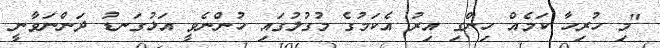
"މި ހުރިހާ ކަމެއް ހިންގި އިރު އެކަމުގެ މުގުލުގައި ހުންނެވީ އަޅުގަނޑު ދަންނަވާނީ